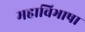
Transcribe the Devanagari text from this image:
महाविभाषा